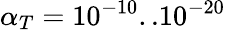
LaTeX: \alpha_{T}=10^{-10}..10^{-20}